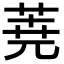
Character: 𮏔